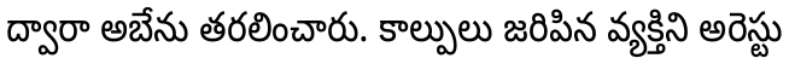
ద్వారా అబేను తరలించారు. కాల్పులు జరిపిన వ్యక్తిని అరెస్టు